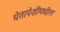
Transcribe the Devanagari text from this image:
चेतापेशींमधील